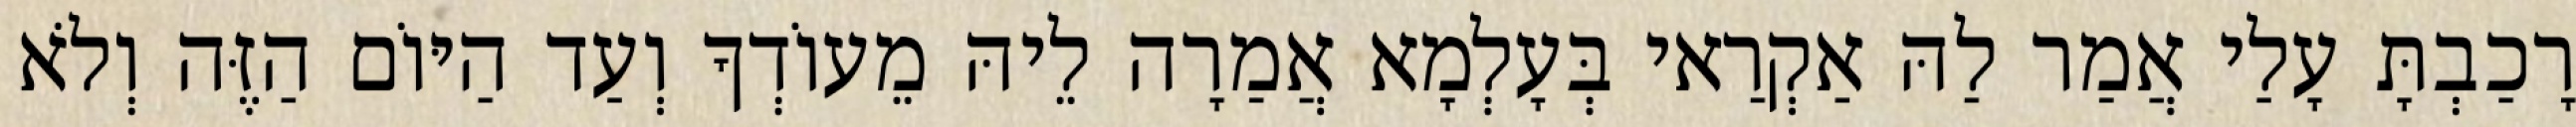
רָכַבְתָּ עָלַי אֲמַר לַהּ אַקְרַאי בְּעָלְמָא אֲמַרָה לֵיהּ מֵעוֹדְךָ וְעַד הַיּוֹם הַזֶּה וְלֹא